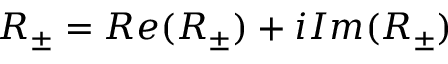
R _ { \pm } = R e ( R _ { \pm } ) + i I m ( R _ { \pm } )